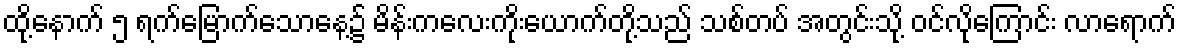
ထို့နောက် ၅ ရက်မြောက်သောနေ့၌ မိန်းကလေးကိုးယောက်တို့သည် သစ်တပ် အတွင်းသို့ ဝင်လိုကြောင်း လာရောက်